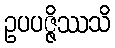
ဥပပဇ္ဇိဿသိ